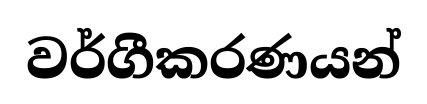
වර්ගීකරණයන්